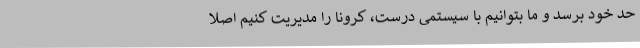
حد خود برسد و ما بتوانیم با سیستمی درست، کرونا را مدیریت کنیم اصلا